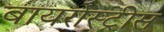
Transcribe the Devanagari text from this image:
बायरोस्ट्रीस